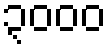
၃၀၀၀